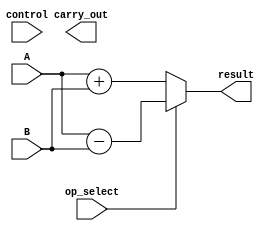
module ALU(
    input [7:0] A,
    input [7:0] B,
    input [2:0] control,
    input op_select,
    output reg [7:0] result,
    output reg carry_out
);

always @(*)
begin
    case(control)
        3'b000: result = A + B;
        3'b001: result = A - B;
        3'b010: result = A & B;
        3'b011: result = A | B;
        default: result = 8'b0; // default to zero output
    endcase
    if(op_select)
        result = A - B;
    else
        result = A + B;
    carry_out = (result[8] == 1); // set carry_out if MSB of result is 1
end

endmodule